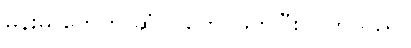
မိန်းမ တွေက ဆံပင်တွေ ဖြတ်ပြီးလှူကြသည်။